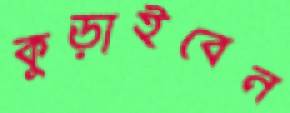
কুড়াইবেন